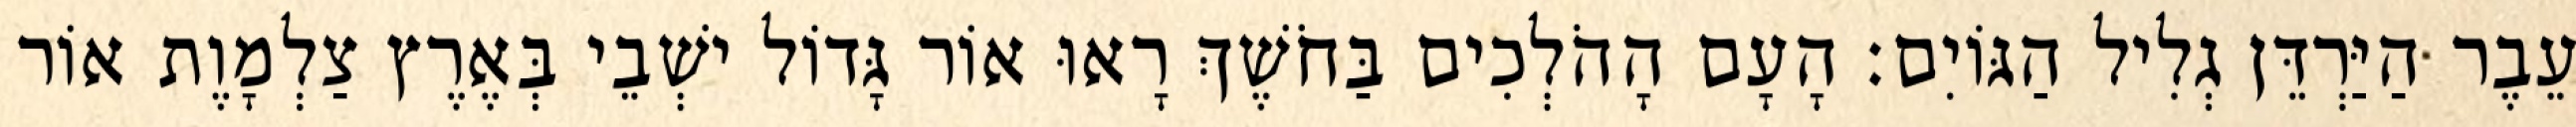
עֵבֶר הַיַּרְדֵּן גְלִיל הַגּוֹיִם׃ הָעָם הָהֹלְכִים בַּחֹשֶׁךְ רָאוּ אוֹר גָּדוֹל ישְׁבֵי בְּאֶרֶץ צַלְמָוֶת אוֹר